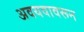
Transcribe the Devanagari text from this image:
अवयवावरून